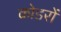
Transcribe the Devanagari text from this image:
कोडरों